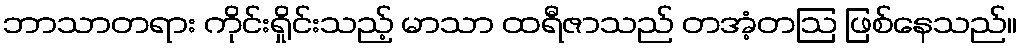
ဘာသာတရား ကိုင်းရှိုင်းသည့် မာသာ ထရီဇာသည် တအံ့တဩ ဖြစ်နေသည်။